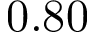
0 . 8 0